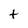
Character: t